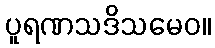
ပူရဏသဒိသမေဝ။